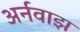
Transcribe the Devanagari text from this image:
अर्नवाझ